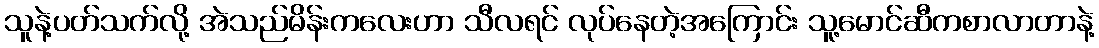
သူနဲ့ပတ်သက်လို့ အဲသည်မိန်းကလေးဟာ သီလရင် လုပ်နေတဲ့အကြောင်း သူ့မောင်ဆီကစာလာတာနဲ့